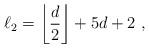
LaTeX: \begin{align*} \ell_2 = \left\lfloor \frac{d}{2} \right\rfloor + 5d +2~, \end{align*}